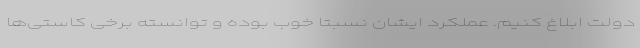
دولت ابلاغ کنیم. عملکرد ایشان نسبتا خوب بوده و توانسته برخی کاستی‌ها